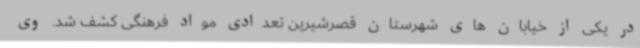
در یکی از خیابان های شهرستان قصرشیرین تعدادی مواد فرهنگی کشف شد. وی